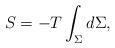
LaTeX: \begin{gather*}S = -T \int_\Sigma d\Sigma,\end{gather*}